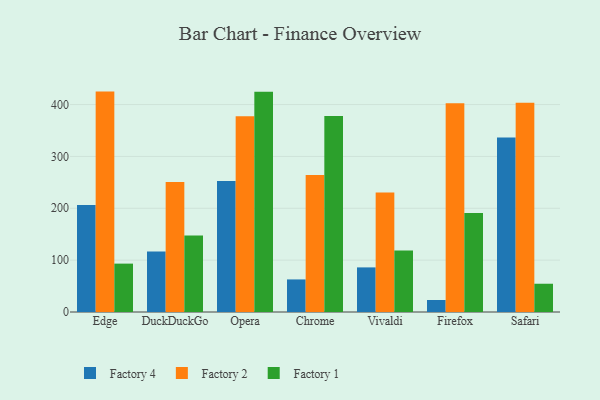
{"axis": {"x": "Browser", "y": "Shipments"}, "legend": ["Factory 1", "Factory 2", "Factory 4"], "data": [{"x": "Edge", "y": 206.1, "type": "Factory 4"}, {"x": "Edge", "y": 425.0, "type": "Factory 2"}, {"x": "Edge", "y": 93.3, "type": "Factory 1"}, {"x": "DuckDuckGo", "y": 116.8, "type": "Factory 4"}, {"x": "DuckDuckGo", "y": 250.7, "type": "Factory 2"}, {"x": "DuckDuckGo", "y": 147.6, "type": "Factory 1"}, {"x": "Opera", "y": 252.6, "type": "Factory 4"}, {"x": "Opera", "y": 377.7, "type": "Factory 2"}, {"x": "Opera", "y": 424.7, "type": "Factory 1"}, {"x": "Chrome", "y": 62.8, "type": "Factory 4"}, {"x": "Chrome", "y": 264.3, "type": "Factory 2"}, {"x": "Chrome", "y": 378.1, "type": "Factory 1"}, {"x": "Vivaldi", "y": 86.0, "type": "Factory 4"}, {"x": "Vivaldi", "y": 230.5, "type": "Factory 2"}, {"x": "Vivaldi", "y": 118.4, "type": "Factory 1"}, {"x": "Firefox", "y": 23.2, "type": "Factory 4"}, {"x": "Firefox", "y": 402.7, "type": "Factory 2"}, {"x": "Firefox", "y": 190.8, "type": "Factory 1"}, {"x": "Safari", "y": 336.4, "type": "Factory 4"}, {"x": "Safari", "y": 403.6, "type": "Factory 2"}, {"x": "Safari", "y": 54.5, "type": "Factory 1"}]}